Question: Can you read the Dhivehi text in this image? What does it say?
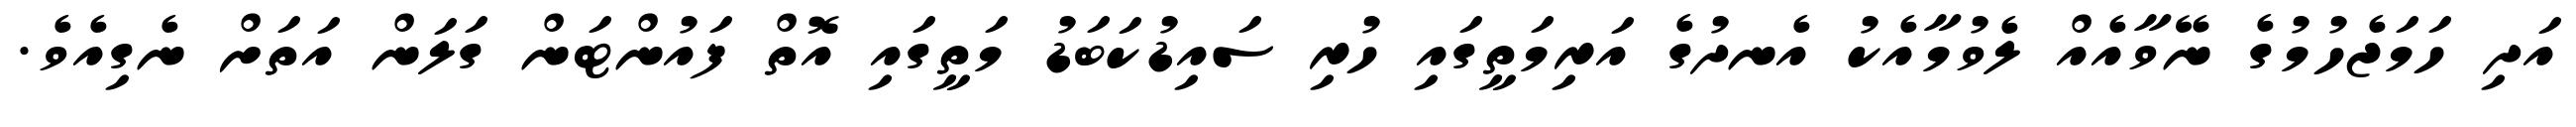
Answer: އަދި ހަމަޖެހުމުގެ ނޭވާއެއް ލެވުމާއެކު އެނދުގެ އަރިމަތީގައި ހުރި ސައިޑުކަބަޑު މަތީގައި އޮތް ފައުންޓަން ގަލަން އަތަށް ނެގިއެވެ.